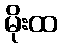
မိုးထ